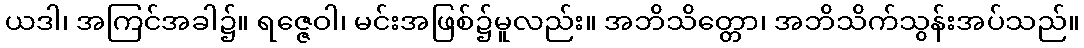
ယဒါ၊ အကြင်အခါ၌။ ရဇ္ဇေဝါ၊ မင်းအဖြစ်၌မူလည်း။ အဘိသိတ္တော၊ အဘိသိက်သွန်းအပ်သည်။